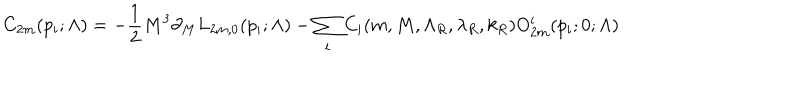
C _ { 2 m } ( p _ { i } ; \Lambda ) = - { \frac { 1 } { 2 } } M ^ { 3 } \partial _ { M } L _ { 2 m , 0 } ( p _ { i } ; \Lambda ) - \sum _ { i } C _ { i } ( m , M , \Lambda _ { R } , \lambda _ { R } , k _ { R } ) O _ { 2 m } ^ { i } ( p _ { i } ; 0 ; \Lambda )